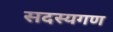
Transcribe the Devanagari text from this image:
सदस्‍यगण